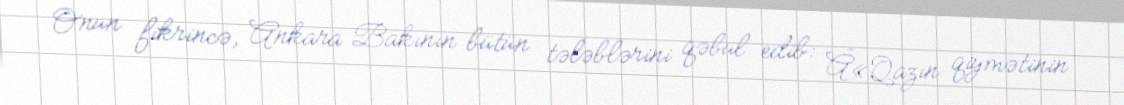
Onun fikrincə, Ankara Bakının bütün tələblərini qəbul edib: Â«Qazın qiymətinin